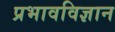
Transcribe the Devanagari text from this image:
प्रभावविज्ञान